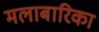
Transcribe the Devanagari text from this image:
मलाबारिका